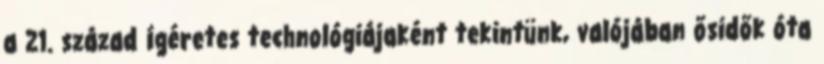
a 21. század ígéretes technológiájaként tekintünk, valójában ősidők óta